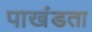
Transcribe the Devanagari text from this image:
पाखंडता